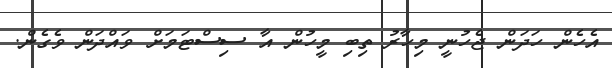
އެހެން ހަދަން ޖެހުނީ މިހާރު ތިބި މީހުން އާ ސިސްޓަމަށް ވައްދަން ވެގެން.